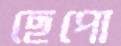
ছেপো